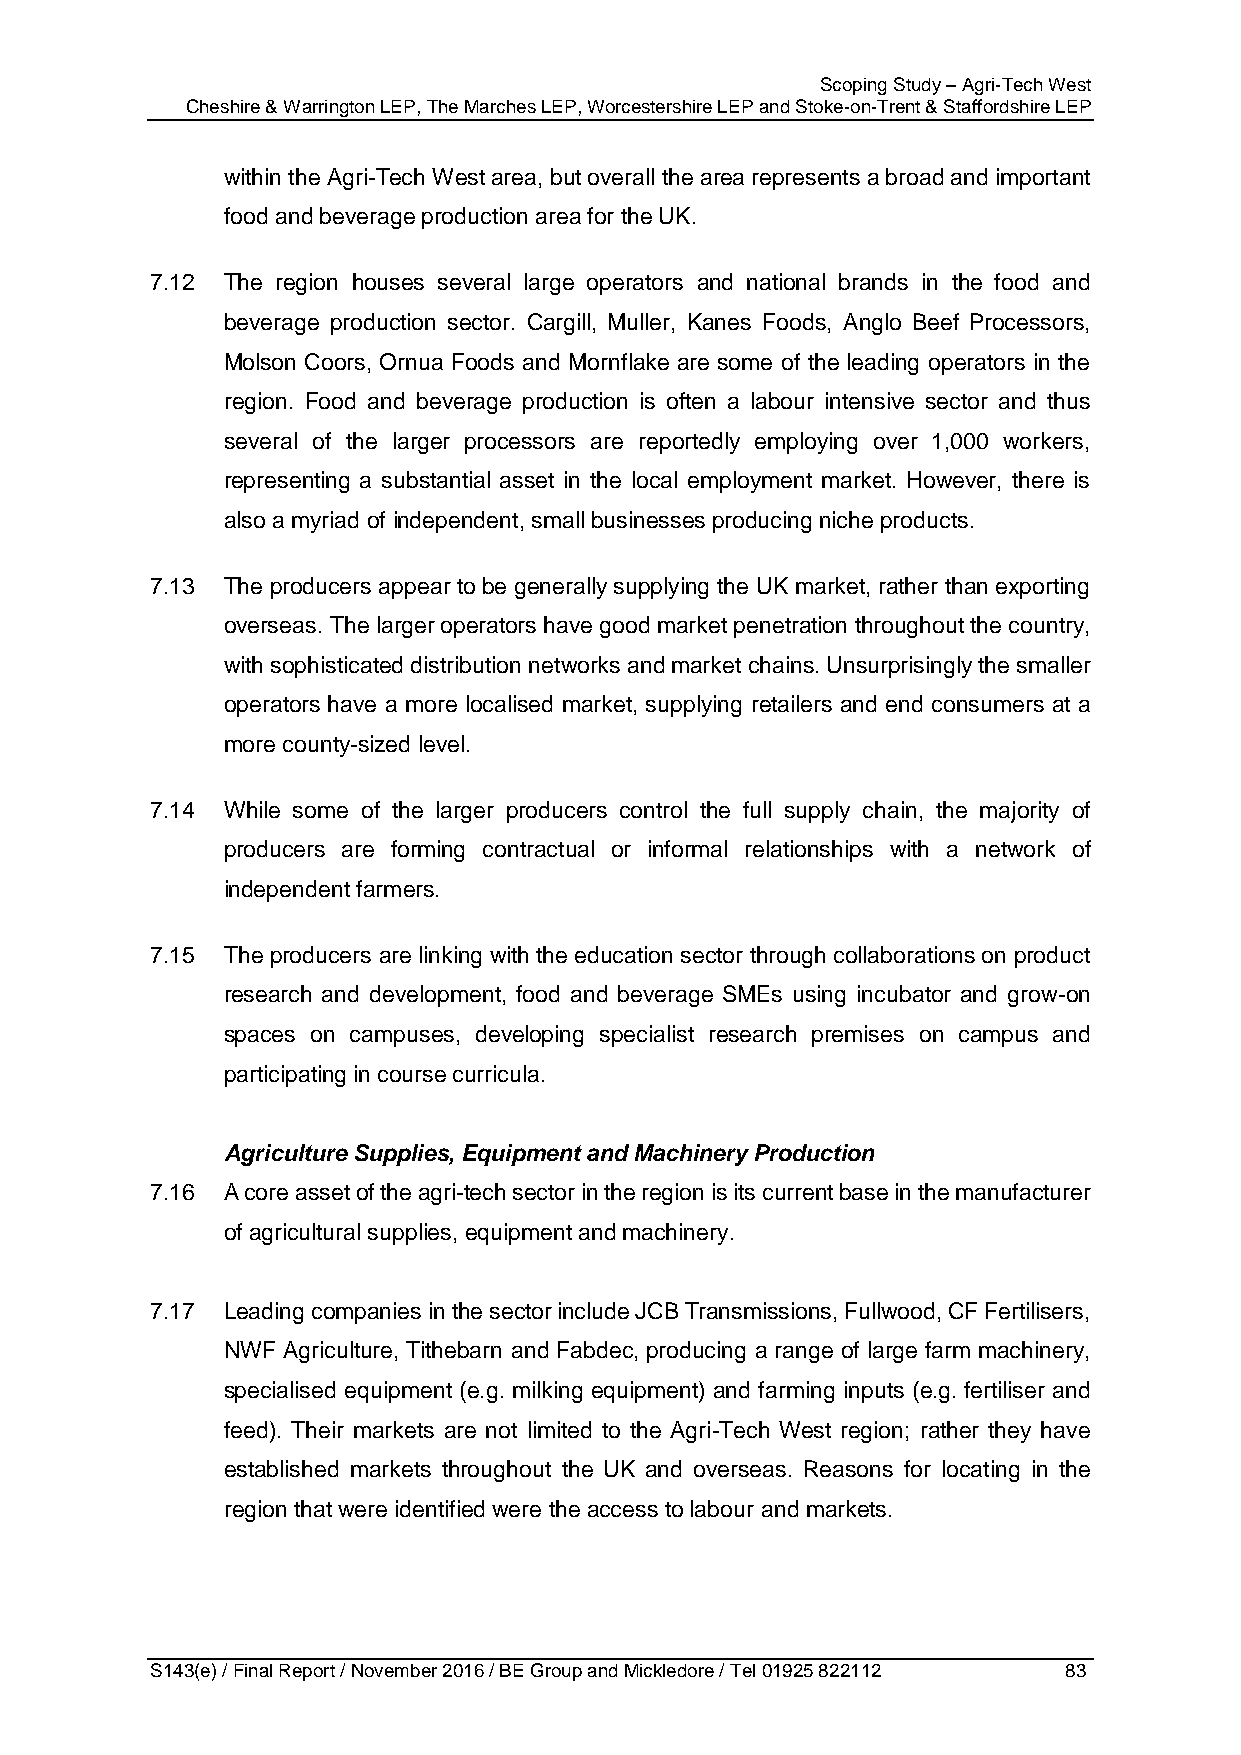
Scoping Study – Agri-Tech West
 Cheshire & Warrington LEP, The Marches LEP, Worcestershire LEP and Stoke-on-Trent & Staffordshire LEP
 within the Agri-Tech West area, but overall the area represents a broad and important
 food and beverage production area for the UK.
 7.12 The region houses several large operators and national brands in the food and
 beverage production sector. Cargill, Muller, Kanes Foods, Anglo Beef Processors,
 Molson Coors, Ornua Foods and Mornflake are some of the leading operators in the
 region. Food and beverage production is often a labour intensive sector and thus
 several of the larger processors are reportedly employing over 1,000 workers,
 representing a substantial asset in the local employment market. However, there is
 also a myriad of independent, small businesses producing niche products.
 7.13 The producers appear to be generally supplying the UK market, rather than exporting
 overseas. The larger operators have good market penetration throughout the country,
 with sophisticated distribution networks and market chains. Unsurprisingly the smaller
 operators have a more localised market, supplying retailers and end consumers at a
 more county-sized level.
 7.14 While some of the larger producers control the full supply chain, the majority of
 producers are forming contractual or informal relationships with a network of
 independent farmers.
 7.15 The producers are linking with the education sector through collaborations on product
 research and development, food and beverage SMEs using incubator and grow-on
 spaces on campuses, developing specialist research premises on campus and
 participating in course curricula.
 Agriculture Supplies, Equipment and Machinery Production
 7.16 A core asset of the agri-tech sector in the region is its current base in the manufacturer
 of agricultural supplies, equipment and machinery.
 7.17 Leading companies in the sector include JCB Transmissions, Fullwood, CF Fertilisers,
 NWF Agriculture, Tithebarn and Fabdec, producing a range of large farm machinery,
 specialised equipment (e.g. milking equipment) and farming inputs (e.g. fertiliser and
 feed). Their markets are not limited to the Agri-Tech West region; rather they have
 established markets throughout the UK and overseas. Reasons for locating in the
 region that were identified were the access to labour and markets.
 S143(e) / Final Report / November 2016 / BE Group and Mickledore / Tel 01925 822112 83